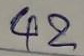
42